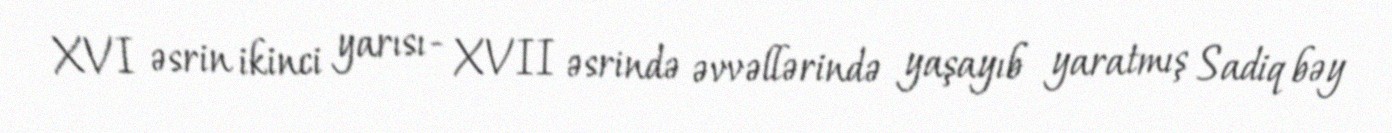
XVI əsrin ikinci yarısı- XVII əsrində əvvəllərində yaşayıb yaratmış Sadiq bəy